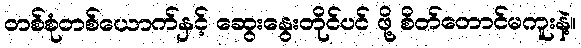
တစ်စုံတစ်ယောက်နှင့် ဆွေးနွေးတိုင်ပင် ဖို့ စိတ်တောင်မကူးနဲ့။